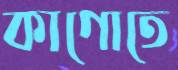
কাগোতে